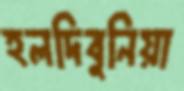
হলদিবুনিয়া